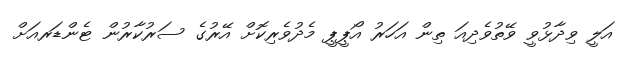
އަލީ ވިދާޅުވީ ވޭތުވެދިއަ ތިން އަހަރު އޯޕީޕީ މެދުވެރިކޮށް އޭރުގެ ސަރުކާރުން ޓެންޑަރއަށް